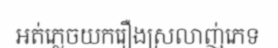
អត់ភ្លេចយករឿងស្រលាញ់ភេទ